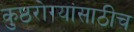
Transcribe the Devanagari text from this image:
कुष्ठरोग्यांसाठीच